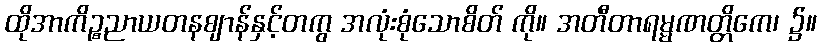
ထိုအာကိဉ္စညာယတနဈာန်နှင့်တကွ အလုံးစုံသောစိတ် ကို။ အတီတာရမ္မဏတ္တိကေ၊ ၌။